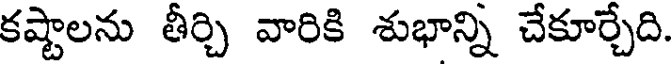
కష్టాలను తీర్చి వారికి శుభాన్ని చేకూర్చేది.